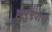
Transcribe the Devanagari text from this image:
हूलुंगपारा